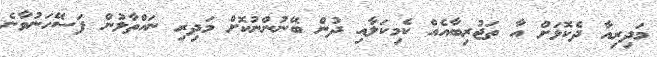
މަދިރިއާ ދެކޮޅަށް އާ ތަޖުރިބާއެއް ކެމިކަލާއި ދުން ބޭނުންނުކޮށް މަދިރި ނައްތާލުން ފަސޭހަނުވާނެ